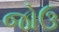
જોઉ